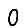
Digit: 0